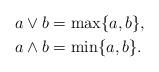
LaTeX: \begin{align*} a\vee b &= \max\{a,b\},\\ a\wedge b &= \min\{a,b\}.\end{align*}